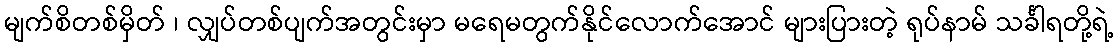
မျက်စိတစ်မှိတ် ၊ လျှပ်တစ်ပျက်အတွင်းမှာ မရေမတွက်နိုင်လောက်အောင် များပြားတဲ့ ရုပ်နာမ် သင်္ခါရတို့ရဲ့